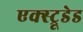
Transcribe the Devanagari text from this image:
एक्स्ट्रूडेड